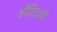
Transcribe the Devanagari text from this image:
औदिच्यों